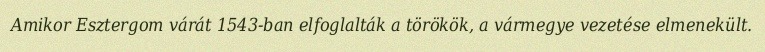
Amikor Esztergom várát 1543-ban elfoglalták a törökök, a vármegye vezetése elmenekült.